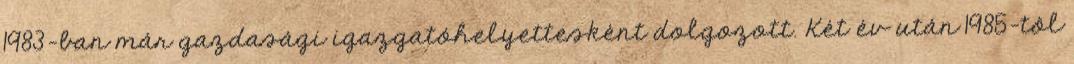
1983-ban már gazdasági igazgatóhelyettesként dolgozott. Két év után 1985-tôl